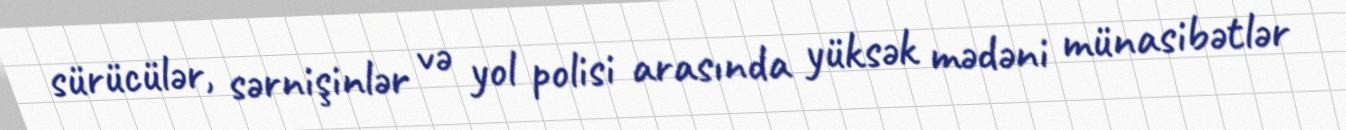
sürücülər, sərnişinlər və yol polisi arasında yüksək mədəni münasibətlər